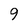
Character: 9